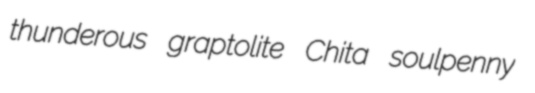
thunderous graptolite Chita soulpenny